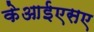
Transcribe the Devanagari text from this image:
केआईएसए